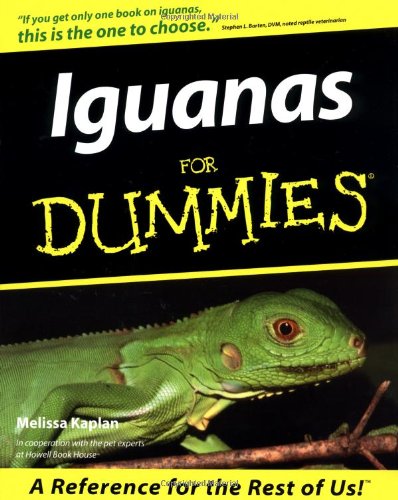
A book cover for Iguanas For Dummies; Melissa  Kaplan; Crafts, Hobbies & Home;